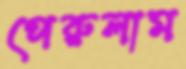
পেরুলাম